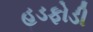
હડફોડી